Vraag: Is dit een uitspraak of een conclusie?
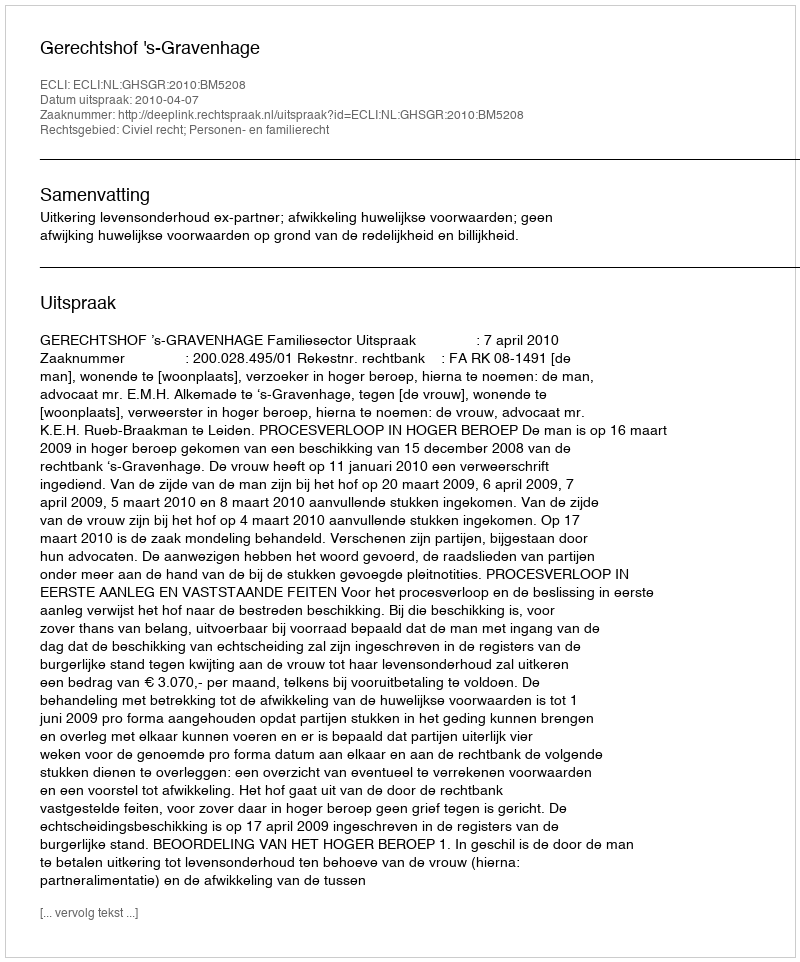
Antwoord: Uitspraak